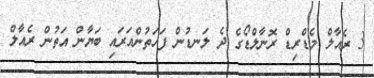
3 ރެއާލް މެޑްރިޑް ރޮނާލްޑޯގެ ދެ ލަނޑުން ފަހަތުންއަރައި ބަޔާން އަތުން ރެއާލް